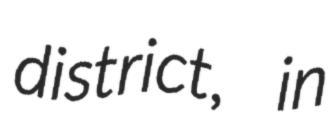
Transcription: district, in